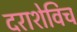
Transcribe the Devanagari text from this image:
दराशेविच